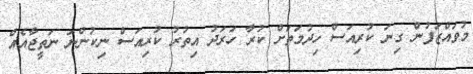
މުވައްޒަފުން ގިނަ ކުރިއަސް ހިދުމަތަށް ކުރާ ހަރަދު އިތުރު ކުރިއަސް ނިކުންނަ ނަތީޖާއެއް